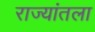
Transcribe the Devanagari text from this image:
राज्यांतला